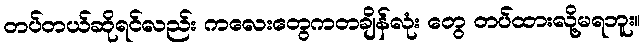
တပ်တယ်ဆိုရင်လည်း ကလေးတွေကတချိန်လုံး တွေ တပ်ထားလို့မရဘူး။